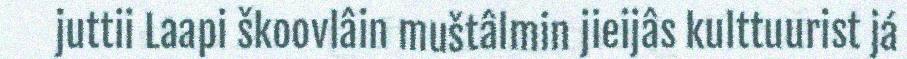
juttii Laapi škoovlâin muštâlmin jieijâs kulttuurist já